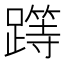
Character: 𨅸